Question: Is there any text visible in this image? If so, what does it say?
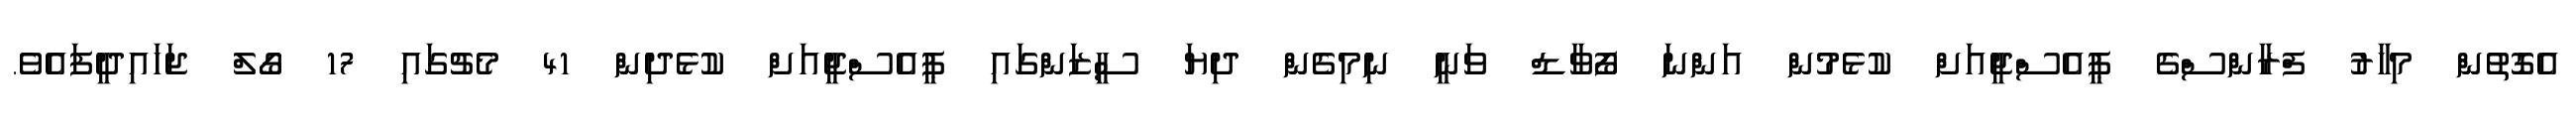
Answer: އެގޮތުން މިހާރު ފްރާންސްގެ ޕީއެސްޖީއަށް ކުޅެމުން އަންނަ ފޯވާޑް ވަނީ ނިމިގެން ދިޔަ ސީޒަންގައި ޕީއެސްޖީއަށް ކުޅެދިން 41 މެޗުގައި 17 ގޯލް ޖަހައިދީފައެވެ.